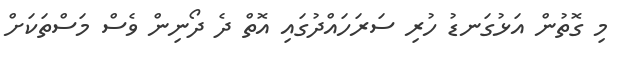
މި ގޮތުން އަޅުގަނޑު ހުރި ސަރަހައްދުގައި އޮތް ދެ ދޯނިން ވެސް މަސްތަކަށް